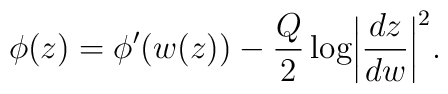
\phi(z)=\phi'(w(z))-\frac{Q}{2}\log\biggl|\frac{dz}{dw}\biggr|^2.